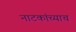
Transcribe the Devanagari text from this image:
नाटकांच्याच